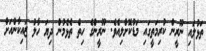
ތަޅުލައި ނޫރީން ކުރިމަތީގައި މަޑުކޮށްލިއެވެ. ނޫރީންގެ ހިތް ތެޅެމުން ދިޔަ ހާލު ޒައިކާންއަށް